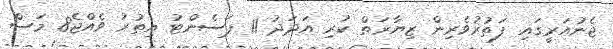
ޖެނުއަރީގައި ފަތުރުވެރިން ޒިޔާރަތް ކުރި އަދަދު 11 ޕަސެންޓު އިތުރު ވެއްޖެ8 މަސް